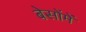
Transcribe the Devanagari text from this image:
बेसोंमें